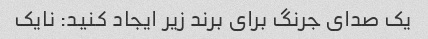
یک صدای جرنگ برای برند زیر ایجاد کنید: نایک